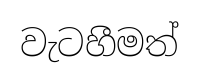
වැටහීමත්